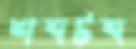
শব্দটব্দ